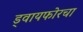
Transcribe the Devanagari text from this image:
ड्वायफोरचा